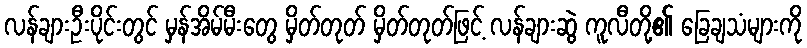
လန်ချားဦးပိုင်းတွင် မှန်အိမ်မီးတွေ မှိတ်တုတ် မှိတ်တုတ်ဖြင့် လန်ချားဆွဲ ကူလီတို့၏ ခြေချသံများကို